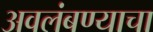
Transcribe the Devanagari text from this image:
अवलंबण्याचा